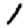
Digit: 1